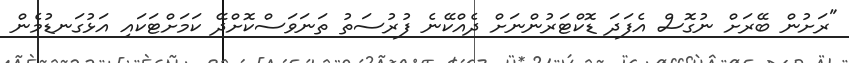
"ރަށުން ބޭރަށް ނުގޮސް އެފަދަ ޑޮކްޓަރުންނަށް ދެއްކޭނެ ފުރުސަތު ތަނަވަސްކޮށްދޭ ކަމަށްޓަކައި އަޅުގަނޑުމެން